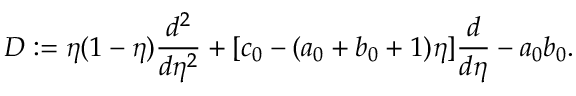
D : = \eta ( 1 - \eta ) \frac { d ^ { 2 } } { d \eta ^ { 2 } } + [ c _ { 0 } - ( a _ { 0 } + b _ { 0 } + 1 ) \eta ] \frac { d } { d \eta } - a _ { 0 } b _ { 0 } .